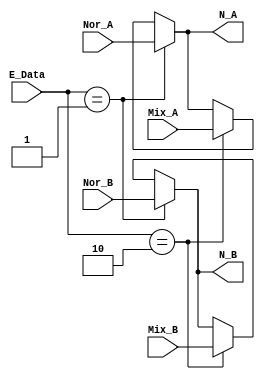
module mux_ns
(
    input       [36:0]  Nor_A, Nor_B,       // Normal A & B
                        Mix_A, Mix_B,       // Mixed A & B  
    input       [01:0]  E_Data,             // Enable type data
    output      [36:0]  N_A, N_B
);
    
assign N_A  = (E_Data == 2'b01) ? Nor_A     // Normal Numbers 
            : (E_Data == 2'b10) ? Mix_A     // Mixed Numbers 
            : N_A;

assign N_B  = (E_Data == 2'b01) ? Nor_B     // Normal Numbers
            : (E_Data == 2'b10) ? Mix_B     // Mixed Numbers
            : N_B;

endmodule //mux_ns